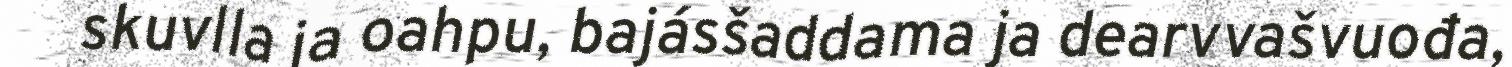
skuvlla ja oahpu, bajásšaddama ja dearvvašvuođa,